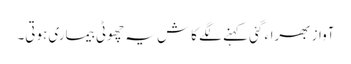
آواز بھراء گئی کہنے لگے کاش یہ چھوٹی بیماری ہوتی۔